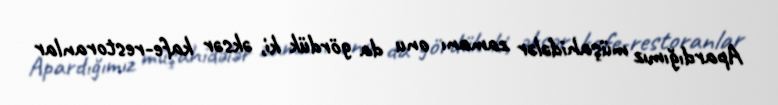
Apardığımız müşahidələr zamanı onu da gördük ki, əksər kafe-restoranlar